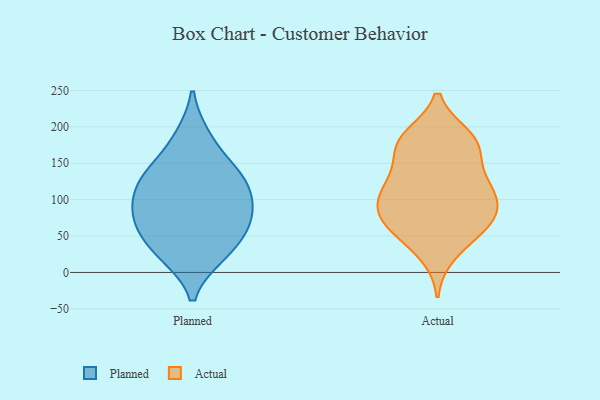
{"axis": {"x": "Latency (ms)", "y": "Value"}, "legend": ["Actual", "Planned"], "data": [{"x": "", "y": 25, "type": "Planned"}, {"x": "", "y": 91, "type": "Planned"}, {"x": "", "y": 139, "type": "Planned"}, {"x": "", "y": 65, "type": "Planned"}, {"x": "", "y": 185, "type": "Planned"}, {"x": "", "y": 30, "type": "Planned"}, {"x": "", "y": 65, "type": "Planned"}, {"x": "", "y": 124, "type": "Planned"}, {"x": "", "y": 129, "type": "Planned"}, {"x": "", "y": 90, "type": "Planned"}, {"x": "", "y": 107, "type": "Actual"}, {"x": "", "y": 181, "type": "Actual"}, {"x": "", "y": 172, "type": "Actual"}, {"x": "", "y": 75, "type": "Actual"}, {"x": "", "y": 181, "type": "Actual"}, {"x": "", "y": 174, "type": "Actual"}, {"x": "", "y": 55, "type": "Actual"}, {"x": "", "y": 137, "type": "Actual"}, {"x": "", "y": 79, "type": "Actual"}, {"x": "", "y": 84, "type": "Actual"}, {"x": "", "y": 94, "type": "Actual"}, {"x": "", "y": 186, "type": "Actual"}, {"x": "", "y": 112, "type": "Actual"}, {"x": "", "y": 26, "type": "Actual"}, {"x": "", "y": 122, "type": "Actual"}, {"x": "", "y": 122, "type": "Actual"}, {"x": "", "y": 52, "type": "Actual"}, {"x": "", "y": 71, "type": "Actual"}]}